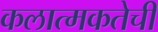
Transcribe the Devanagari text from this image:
कलात्मकतेची